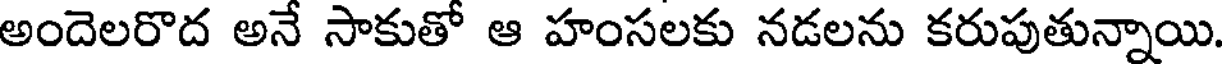
అందెలరొద అనే సాకుతో ఆ హంసలకు నడలను కరుపుతున్నాయి